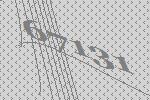
67131